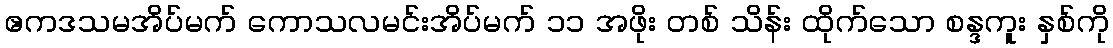
ဧကဒသမအိပ်မက် ကောသလမင်းအိပ်မက် ၁၁ အဖိုး တစ် သိန်း ထိုက်သော စန္ဒကူး နှစ်ကို